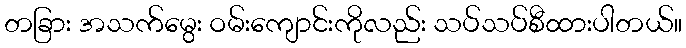
တခြား အသက်မွေး ဝမ်းကျောင်းကိုလည်း သပ်သပ်စီထားပါတယ်။